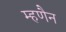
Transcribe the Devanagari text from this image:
म्हणैन